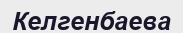
Келгенбаева